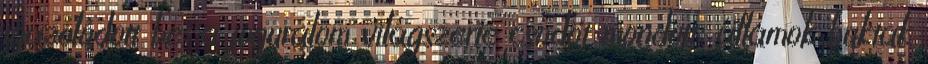
igazolódott be: a joguralom világszerte csődöt mondott; államok buktak